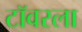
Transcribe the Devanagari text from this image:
टॉवरला